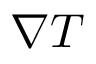
\nabla T